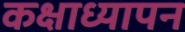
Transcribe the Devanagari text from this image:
कक्षाध्यापन